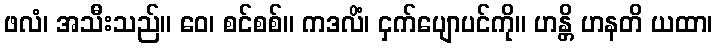
ဖလံ၊ အသီးသည်။ ဝေ၊ စင်စစ်။ ကဒလိံ၊ ငှက်ပျောပင်ကို။ ဟန္တိ ဟနတိ ယထာ၊